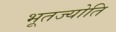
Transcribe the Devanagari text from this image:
भूतज्योति